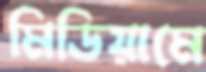
মিডিয়ামে